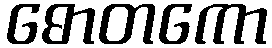
ဓောတကော